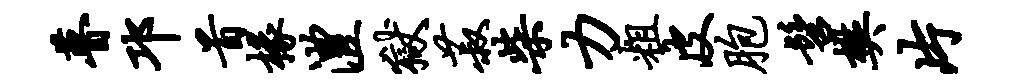
瞢邛首椽澧狱菽柴力粗皮胞髫樊片